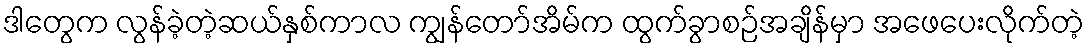
ဒါတွေက လွန်ခဲ့တဲ့ဆယ်နှစ်ကာလ ကျွန်တော်အိမ်က ထွက်ခွာစဉ်အချိန်မှာ အဖေပေးလိုက်တဲ့